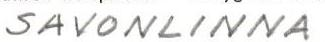
SAVONLINNA